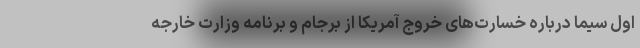
اول سیما درباره خسارت‌های خروج آمریکا از برجام و برنامه وزارت خارجه